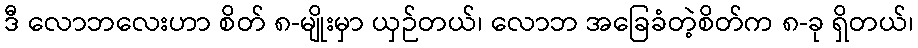
ဒီ လောဘလေးဟာ စိတ် ၈-မျိုးမှာ ယှဉ်တယ်၊ လောဘ အခြေခံတဲ့စိတ်က ၈-ခု ရှိတယ်၊